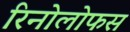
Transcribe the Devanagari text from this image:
रिनोलोफस